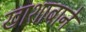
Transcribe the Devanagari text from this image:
खाशाबाने